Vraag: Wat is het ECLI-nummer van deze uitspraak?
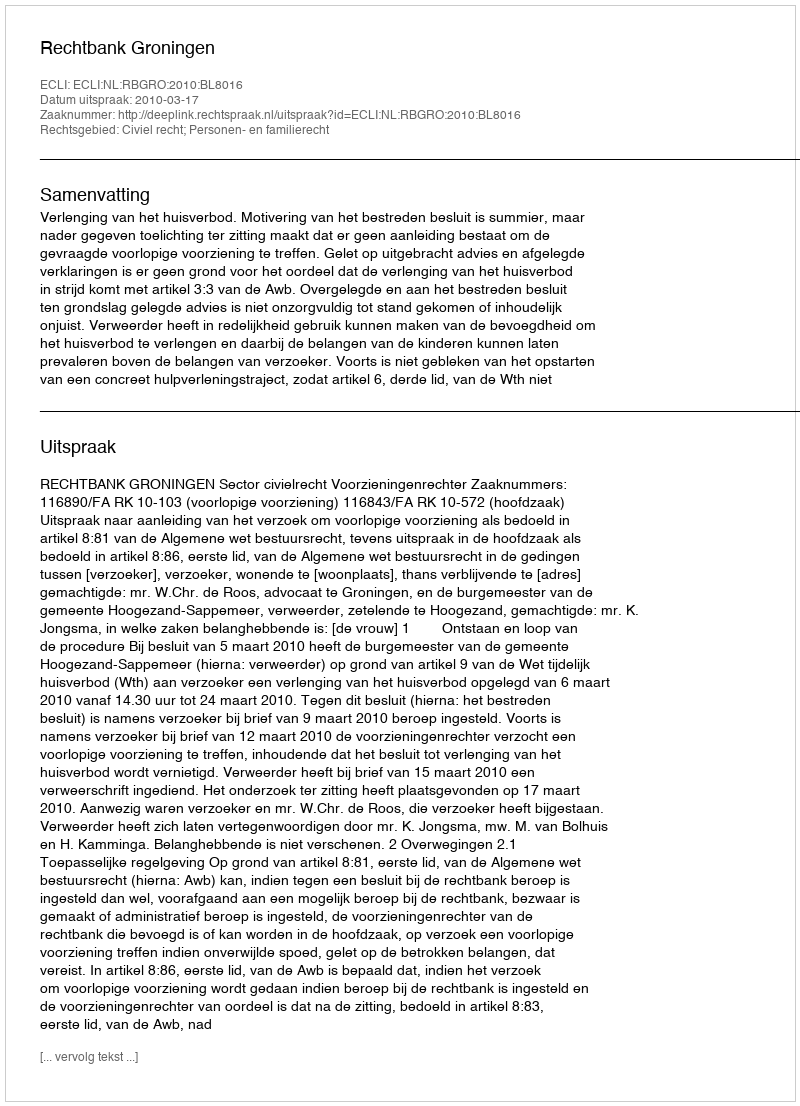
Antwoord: ECLI:NL:RBGRO:2010:BL8016